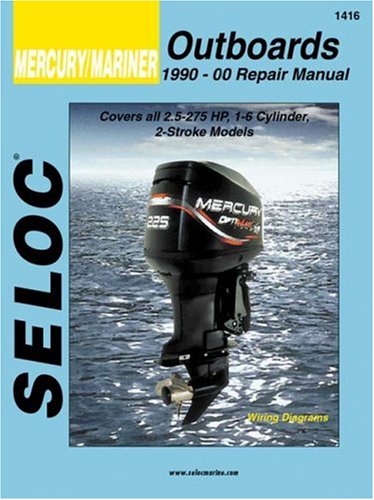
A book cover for Mercury/Mariner Outboards, All Engines 1990-2000 (Seloc Marine Manuals); Seloc; Engineering & Transportation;